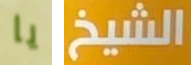
يا الشيخ